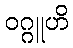
ဝဂ္ဂူဟိ